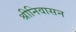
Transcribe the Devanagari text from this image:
श्रीनिवासन